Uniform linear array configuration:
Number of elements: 32
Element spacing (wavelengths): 0.25
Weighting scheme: binomial
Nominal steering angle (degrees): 30
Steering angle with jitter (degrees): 31.515
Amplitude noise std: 0.05
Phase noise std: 0.05

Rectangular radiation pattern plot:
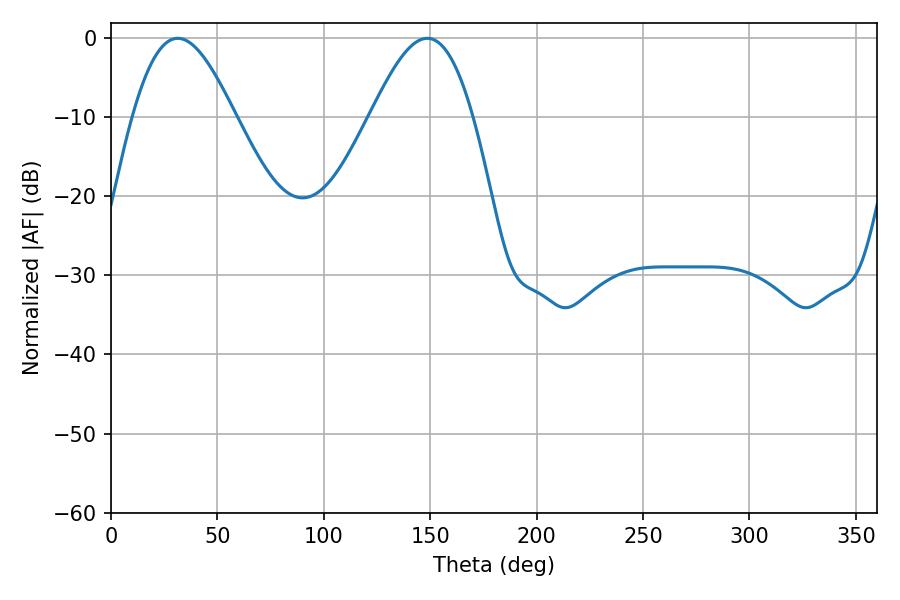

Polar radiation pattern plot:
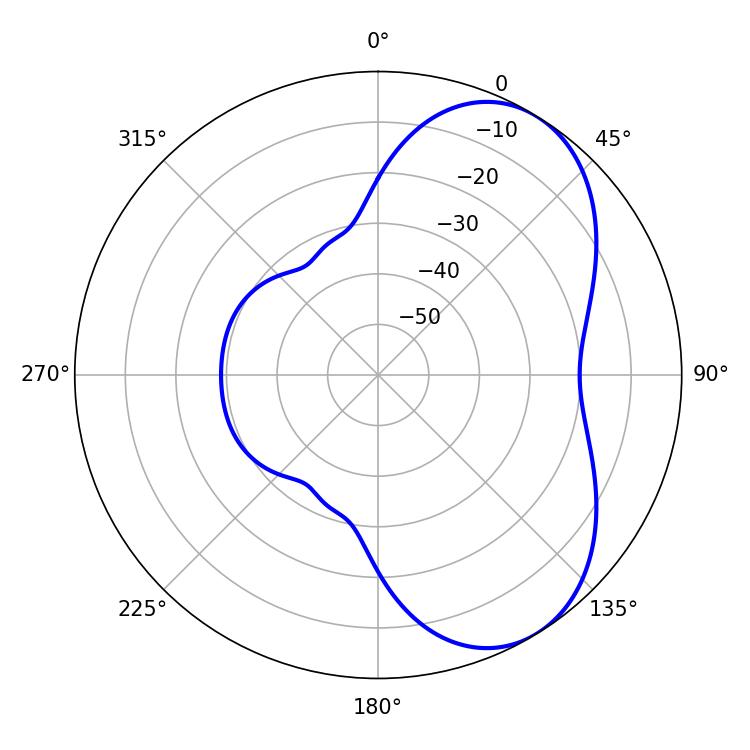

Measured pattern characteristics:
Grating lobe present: FALSE
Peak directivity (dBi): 5.699
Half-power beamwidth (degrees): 25.92
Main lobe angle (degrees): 31.32